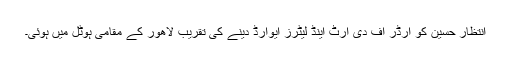
انتظار حسین کو آرڈر آف دی آرٹ اینڈ لیٹرز ایوارڈ دینے کی تقریب لاھور کے مقامی ہوٹل میں ہوئی۔